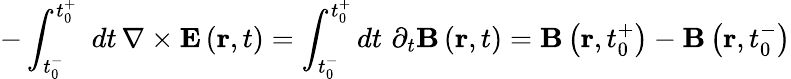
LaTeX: -\int_{t_{0}^{-}}^{t_{0}^{+}}\, \, dt\, \nabla\times\mathbf{E}\left(\mathbf{r},t\right)=\int_{t_{0}^{-}}^{t_{0}^{+}}dt\, \, \partial_{t}\mathbf{B}\left(\mathbf{r},t\right)=\mathbf{B}\left(\mathbf{r},t_{0}^{+}\right)-\mathbf{B}\left(\mathbf{r},t_{0}^{-}\right)